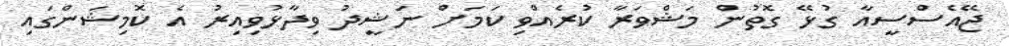
ޖޭއެސްސީއާ ގުޅޭ ގޮތުން މަޝްވަރާ ކުރެއްވި ކަމަށް ނަޝީދު ވިދާޅުވިއިރު އެ ކޮމިޝަންގައި